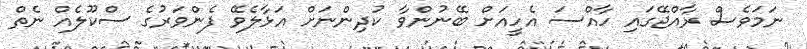
ނަމަވެސް ރާއްޖޭގައި ހާއްސަ އެހީއަށް ބޭނުންވާ ކުދިންނަށް އަޅާލެވޭ ފެންވަރުގެ ސްކޫލެއް ނެތް